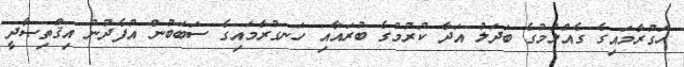
ހަގުރާމައިގެ ގެއްލުމުގެ ބަދަލު އަދާ ކުރުމުގެ ބުރައާއި ހަނގުރާމައިގެ ސަބަބުން އުފެދުނު އިޤްތިޞާދީ